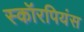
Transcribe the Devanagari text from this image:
स्कॉरपियंस